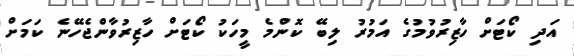
އަދި ކޯޓަށް ހާޒިރުވުމުގެ އަމުރު ލިބޭ ކޮންމެ މީހަކު ކޯޓަށް ހާޒިރުވާންޖެހޭނެ ކަމަށް